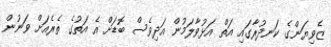
ޒެވިޔަންގެ ކަނދުރާގައި އަތް އަޅުވާލަމުން އަދިވެސް ބޮޑަށް އެ އަތުގެ ތެރެއަށް ވަނުން